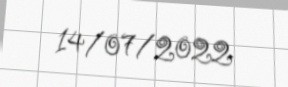
14/07/2022